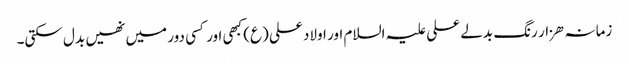
زمانہ ھزار رنگ بدلے علی علیہ السلام اور اولاد علی (ع) کبھی اور کسی دور میں نھیں بدل سکتی۔